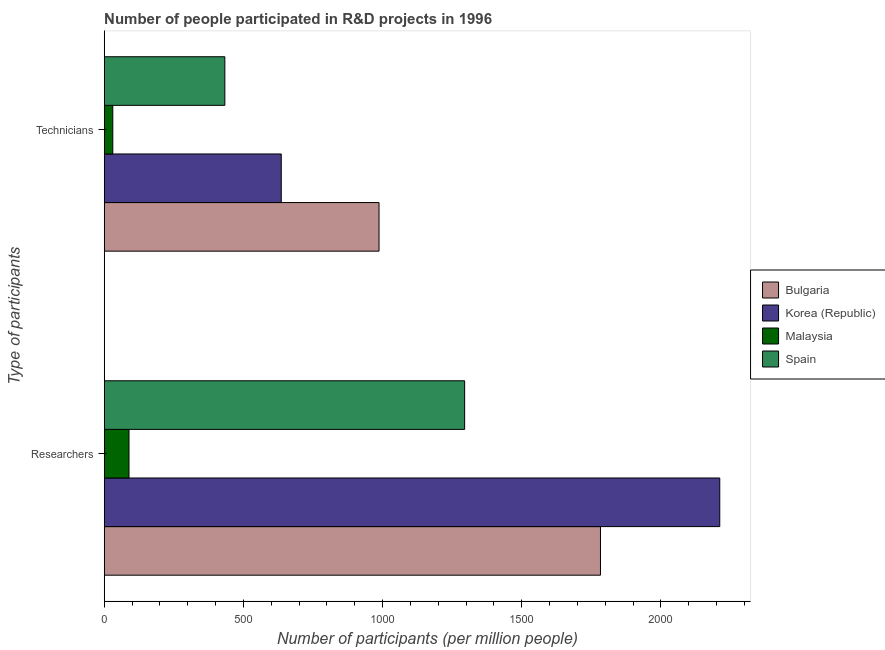
| Type of participants | Bulgaria | Korea (Republic) | Malaysia | Spain |
 | --- | --- | --- | --- | --- |
 | Researchers | 1.78e+03 | 2.21e+03 | 89.1 | 1.29e+03 |
 | Technicians | 987 | 636 | 30.8 | 433 |